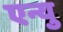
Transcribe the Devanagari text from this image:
एन्यु